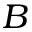
B